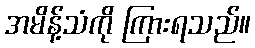
အမိန့်သံကို ကြားရသည်။